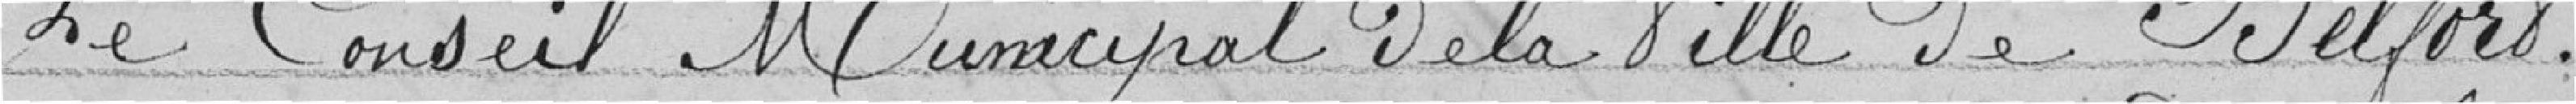
Le Conseil Municipal de la Ville de Belfort